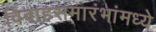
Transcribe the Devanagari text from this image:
विवाहसमारंभांमध्ये